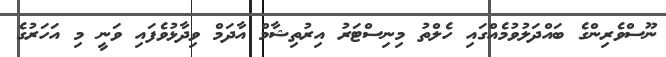
ނޫސްވެރިންގެ ބައްދަލުވުމެއްގައި ހެލްތު މިނިސްޓަރު އިރުތިޝާމް އާދަމް ވިދާޅުވެފައި ވަނީ މި އަހަރުގެ